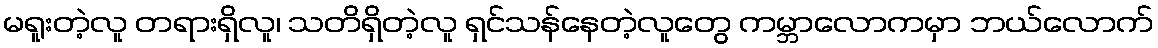
မရူးတဲ့လူ တရားရှိလူ၊ သတိရှိတဲ့လူ ရှင်သန်နေတဲ့လူတွေ ကမ္ဘာလောကမှာ ဘယ်လောက်